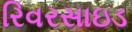
રિવરસાઇડ